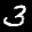
Label: 3